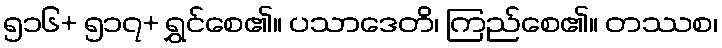
၅၁၆+ ၅၁၇+ ရွှင်စေ၏။ ပသာဒေတိ၊ ကြည်စေ၏။ တဿစ၊